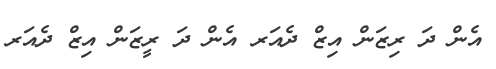
އެން ދަ ރިޒަން އިޒް ދެއަރ އެން ދަ ރީޒަން އިޒް ދެއަރ